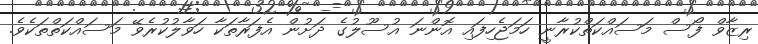
ރިޒާވް ފޯސް މަސައްކަތްކުރާނީ ހަމަޖެހިފައި އޮންނަ އުސޫލުގެ ދަށުން އެފަރާތަކާ ހަވާލުކުރެވޭ މަސައްކަތްތަކެވެ.